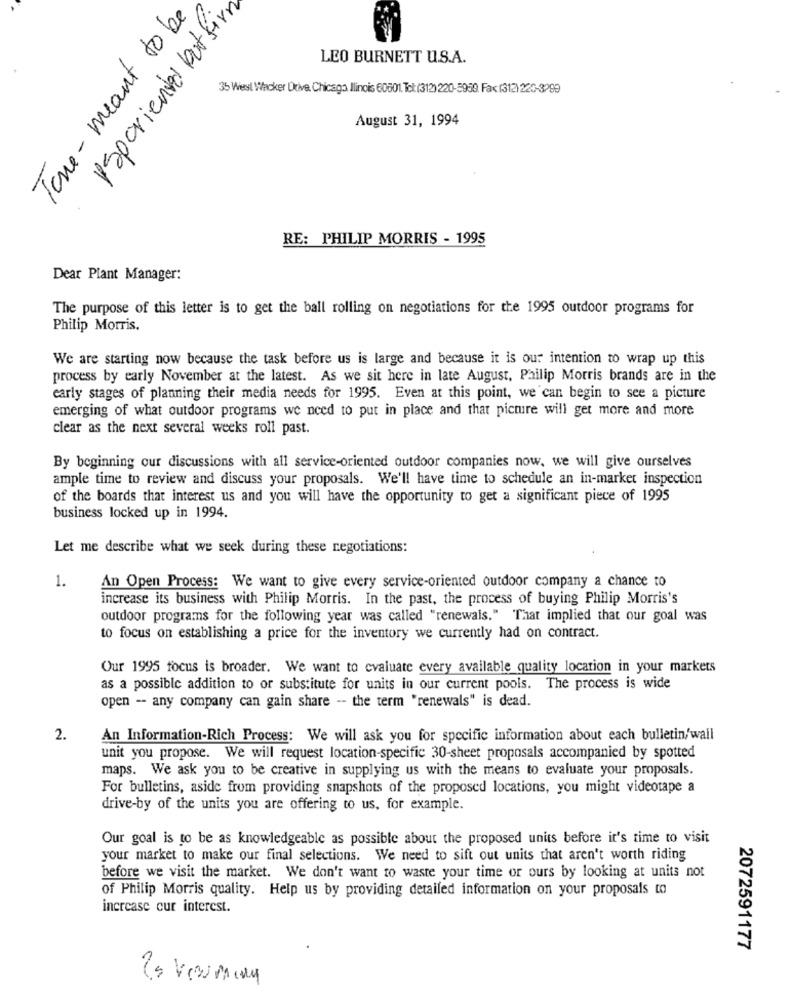
Tone- meant to be
Psporiented but firn
LEO BURNETT U.S.A.
35 West Wacker Drive. Chicago Ilinois 60001. To:(312)220-5959. Fax (312) 220-3999
August 31, 1994
RE: PHILIP MORRIS - 1995
Dear Plant Manager:
The purpose of this letter is to get the ball rolling on negotiations for the 1995 outdoor programs for
Philip Morris.
We are starting now because the task before us is large and because it is our intention to wrap up this
process by early November at the latest. As we sit here in late August. Philip Morris brands are in the
early stages of planning their media needs for 1995. Even at this point, we can begin to see a picture
emerging of what outdoor programs we need to put in place and that picture will get more and more
clear as the next several weeks roll past.
By beginning our discussions with all service-oriented outdoor companies now, we will give ourselves
ample time to review and discuss your proposals. We'll have time to schedule an in-market inspection
of the boards that interest us and you will have the opportunity to get a significant piece of 1995
business locked up in 1994.
Let me describe what we seek during these negotiations:
1.
An Open Process: We want to give every service-oriented outdoor company a chance to
increase its business with Philip Morris. In the past, the process of buying Philip Morris's
outdoor programs for the following year was called "renewals." That implied that our goal was
to focus on establishing a price for the inventory we currently had on contract.
Our 1995 focus is broader. We want to evaluate every available quality location in your markets
as a possible addition to or substitute for units in our current pools. The process is wide
open -- any company can gain share -- the term "renewals" is dead.
2.
An Information-Rich Process: We will ask you for specific information about each bulletin/wall
unit you propose. We will request location-specific 30-sheet proposals accompanied by spotted
maps. We ask you to be creative in supplying us with the means to evaluate your proposals.
For bulletins, aside from providing snapshots of the proposed locations, you might videotape a
drive-by of the units you are offering to us, for example.
Our goal is to be as knowledgeable as possible about the proposed units before it's time to visit
your market to make our final selections. We need to sift out units that aren't worth riding
before we visit the market. We don't want to waste your time or ours by looking at units not
of Philip Morris quality. Help us by providing detailed information on your proposals to
increase cur interest.
2072591177
2. Vewming